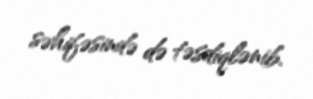
səhifəsində də təsdiqlənib.